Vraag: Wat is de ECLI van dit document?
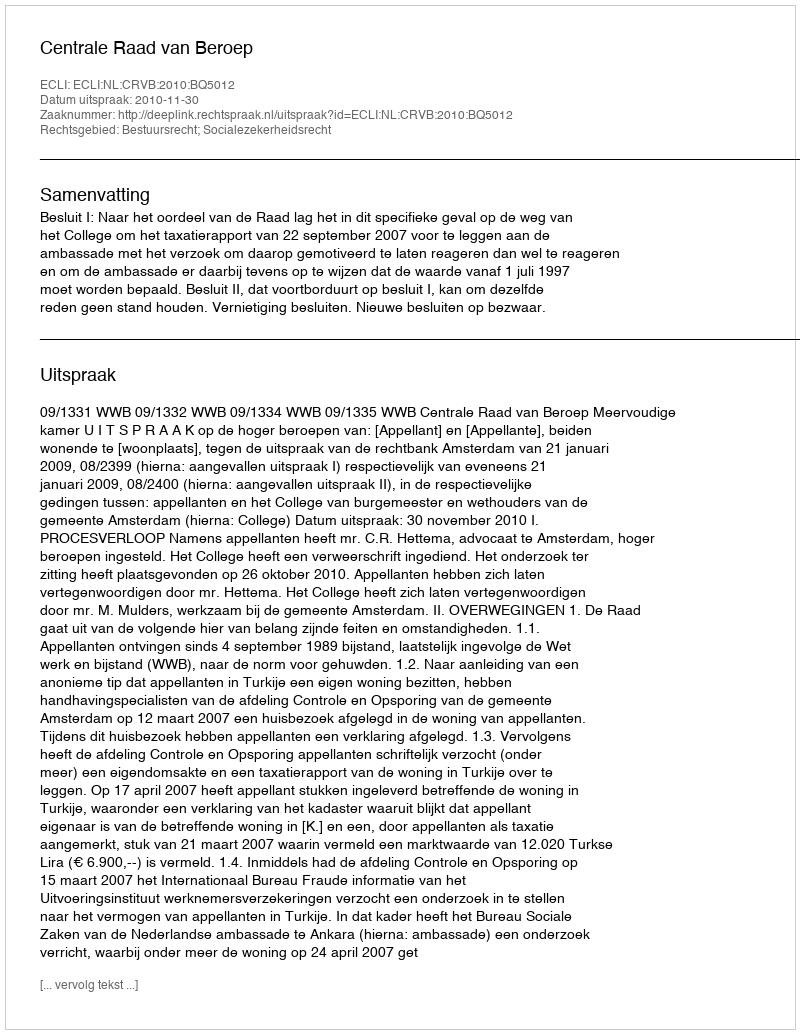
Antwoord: ECLI:NL:CRVB:2010:BQ5012